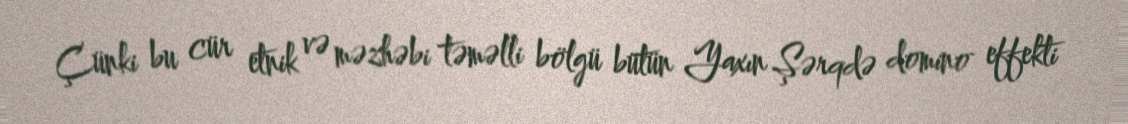
Çünki bu cür etnik və məzhəbi təməlli bölgü bütün Yaxın Şərqdə domino effekti